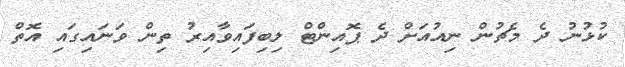
ކުޅުނު ދެ މެޗުން ނިއުއަށް ދެ ޕޮއިންޓް ލިބިފައިވާއިރު ތިން ވަނައިގައި އޮތް